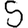
Digit: 5